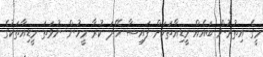
މީގެ އިތުރުން ބައެއް މީޑިއާތަކަށް ފައިސާ ހޭދަ ކުރާ މީހުން ނުވަތަ މީޑިއާތަކުގެ